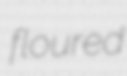
floured